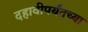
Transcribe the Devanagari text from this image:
दहावीपर्यंतच्या